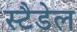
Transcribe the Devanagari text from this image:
स्टैडेल